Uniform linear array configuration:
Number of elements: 24
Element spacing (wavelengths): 0.5
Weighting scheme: hamming
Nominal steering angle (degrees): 30
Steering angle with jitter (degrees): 28.732
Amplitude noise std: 0.05
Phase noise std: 0.05

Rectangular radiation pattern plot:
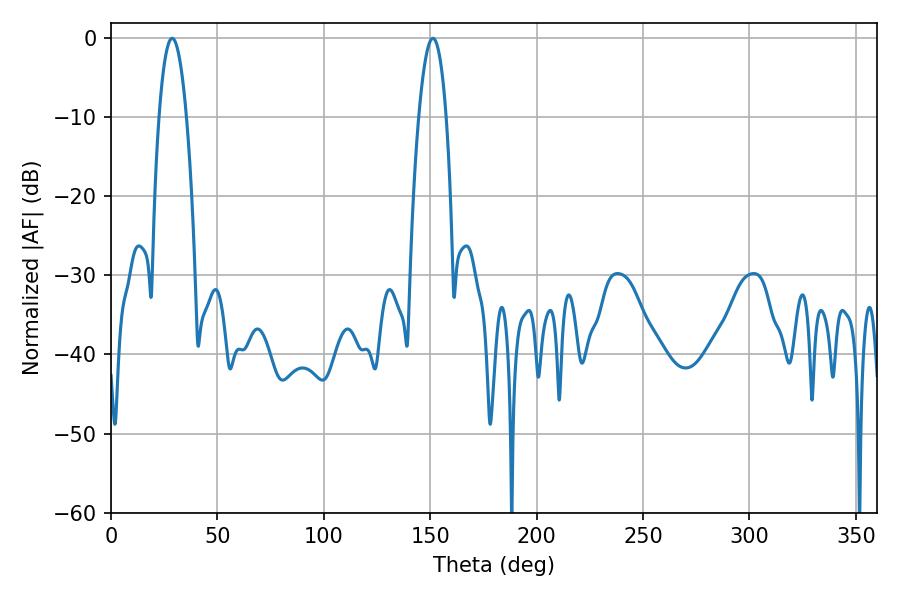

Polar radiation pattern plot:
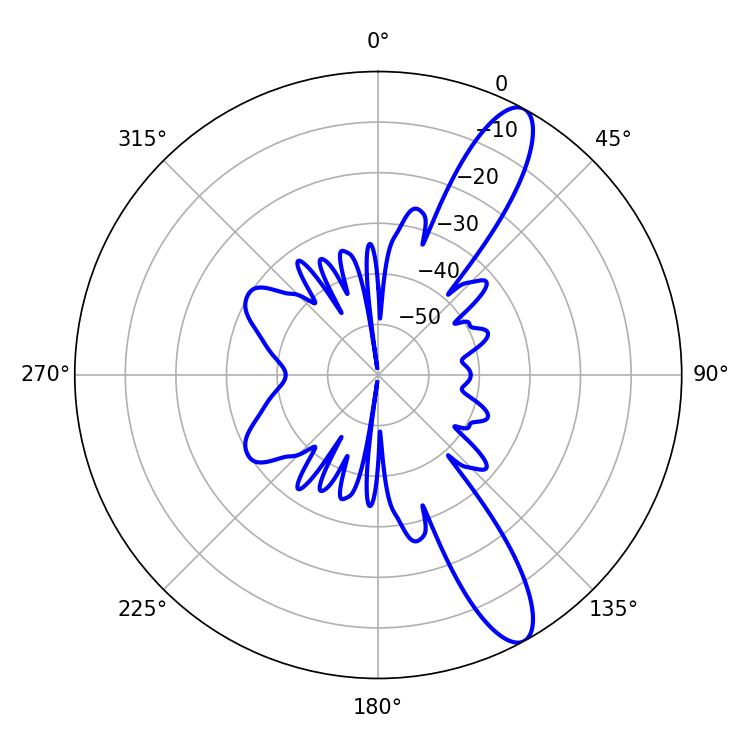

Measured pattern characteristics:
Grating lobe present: FALSE
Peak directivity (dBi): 11.916
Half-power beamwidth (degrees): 7.2
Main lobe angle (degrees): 28.8